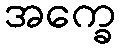
အက္ခေ